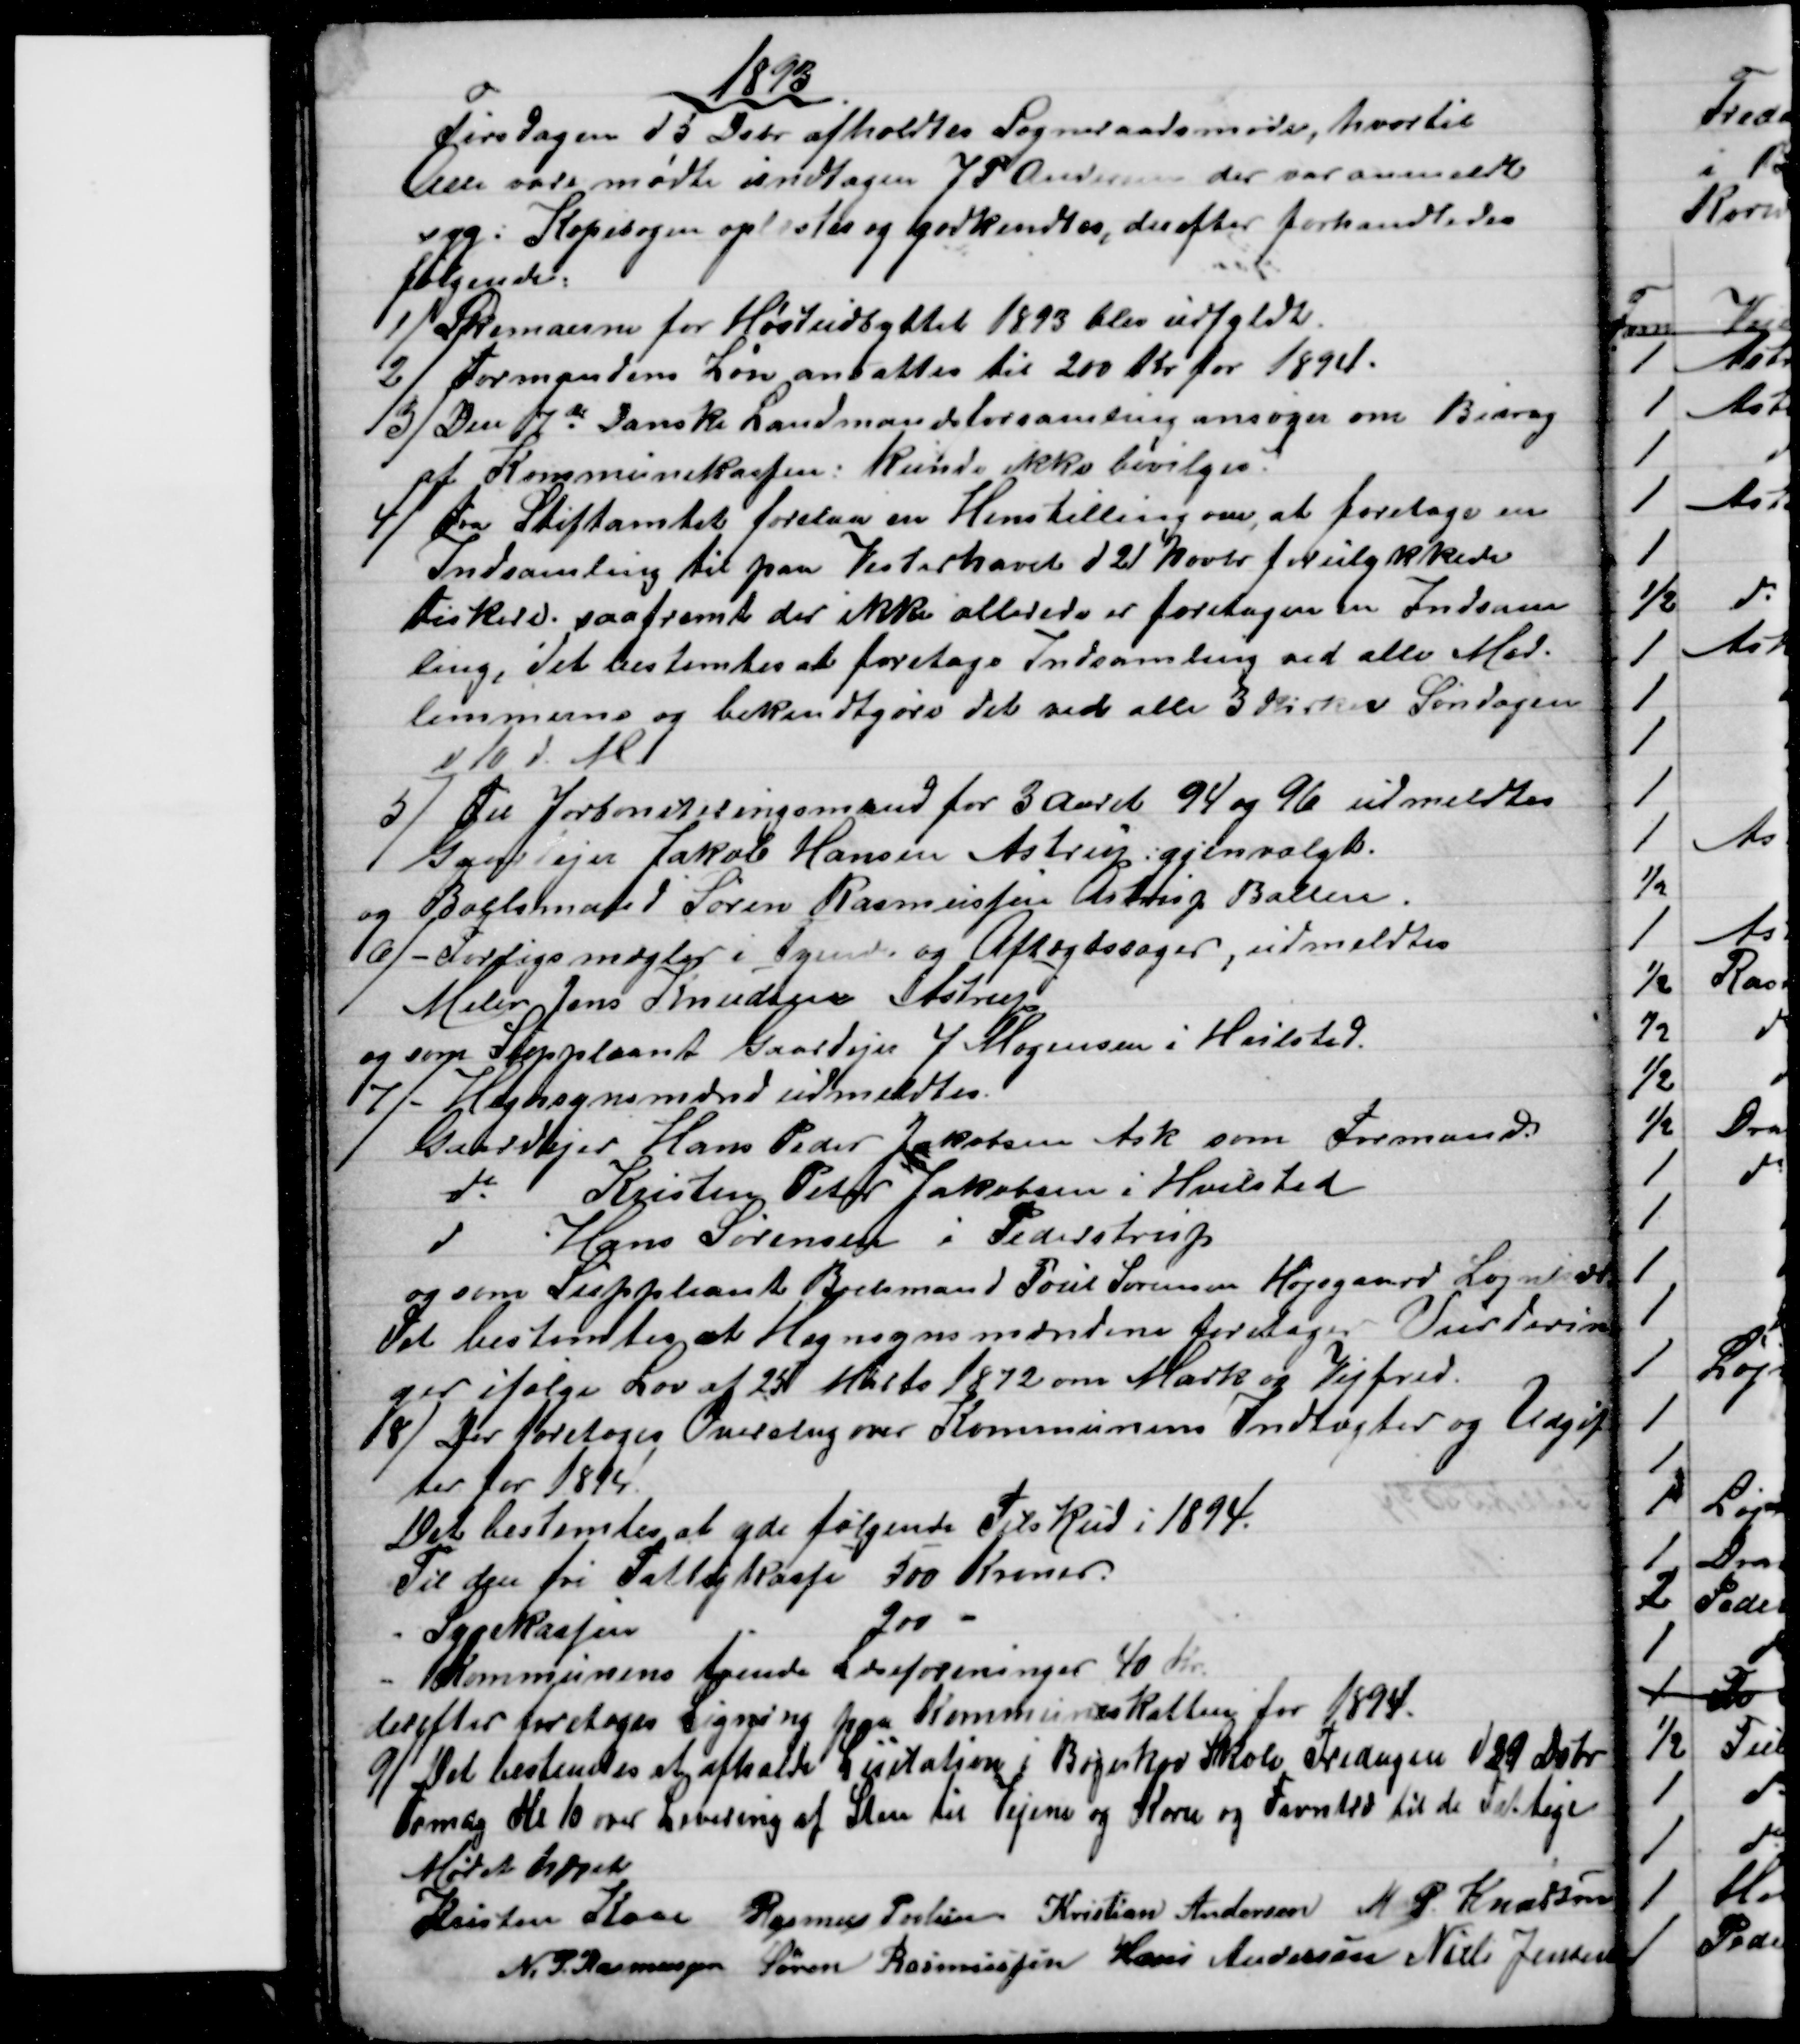
Transskription:
1893
Tirsdagen d 5 Debr afholdtes Sogneraadsmøde, hvortil
Alle vare mødte undtagen J. P. Andersen der var anmeldt
syg: Kopibogen oplæstes og godkendtes, derefter forhandledes
følgende:
1) 
Skemaerne for Høstudbyttet 1893 blev udfyldt.
2) 
Formandens Løn ansattes til 200 Kr for 1894.
3) 
Den 17de Danske Landmandsforsamling ansøger om Bidrag
af Kommunekassen: kunde ikke bevilges.
4) 
Fra Stiftamtet forelaa en Henstilling om, at foretage en
Indsamling til paa Vesterhavet d 21 Novbr forulykkede
Fiskere. saafremt der ikke allerede er foretagen en Indsam
ling, det bestemtes at foretage Indsamling ved alle Med-
lemmerne og bekendtgøre det ved alle 3 Kirker Søndagen
d 10 d. M.
5) 
Til Jorboniteringsmænd for 3 Aaret 94 og 96 udmeldtes
Gaardejer Jakob Hansen Astrup: gjenvalgt.
og Boelsmand Søren Rasmussen Astrup Ballen
6) 
Forligsmægler i Tyende og Aftægtssager, udmeldtes
Meler Jens Knudsen Astrup
og som Suppleant Gaardejer J. Mogensen i Hvilsted.
7)
Hensynsmænd udmeldtes.
Gaardejer Hans Peder Jakobsen Ask som Formand.
do
Kristen Peter Jakobsen i Hvilsted
do
Hans Sørensen i Pederstrup
og som Suppleant Boelsmand Poul Sørensen Højsgaard Løjnkær
Det bestemtes at Hegnsynsmændene foretager Vurderin
ger ifølge Lov af 25 Marts 1872 om Mark og Vejfred.
8) 
Der foretoges Overslag over Kommunens Indtægter og Udgift
ter for 1894.
Det bestemtes at yde følgende Tilskud i 1894.
Til den fri Fattigkasse 500 Kroner.
- Sygekassen 
200 -
- Kommunens tvende Læseforeninger 40 Kr.
derefter foretoges Ligning paa Kommuneskatten for 1894.
9) 
Det bestemtes et afholde Licitation i Bøgeskov Skole Fredagen d 29 Debr
Fomdg Kl 10 over Levering af Sten til Vejene og Korn og Favntræ til de Fattige
Mødet hævet
Kristen Kaae Rasmus Povlsen Kristian Andersen M.P. Knudsen
N. P. Rasmussen Søren Rasmussen Hans Andersen Niels Jensen